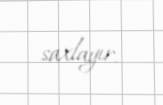
saxlayır.